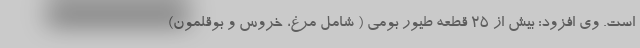
است. وی افزود: بیش از ۲۵ قطعه طیور بومی ( شامل مرغ، خروس و بوقلمون)